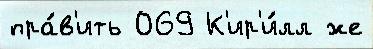
пра́в'ить 069 К'ир'и́лл же